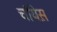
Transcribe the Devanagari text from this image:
चॉयेस़